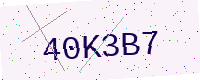
Text: 40K3B7